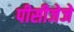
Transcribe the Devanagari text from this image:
पीसीजेजे